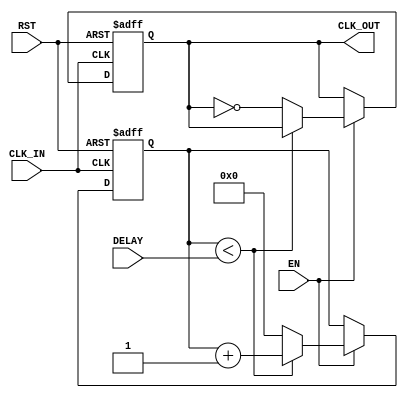
module DelayClockBuffer (
    input wire CLK_IN,      // Input clock signal
    input wire EN,         // Enable signal
    input wire RST,        // Asynchronous reset signal
    input wire [3:0] DELAY, // Delay control (4-bit for example, can be adjusted)
    output reg CLK_OUT      // Output clock signal
);

    // Internal signal for delayed clock
    reg [3:0] clk_counter; // Counter to create delay

    // Asynchronous reset and enable logic
    always @(posedge CLK_IN or posedge RST) begin
        if (RST) begin
            CLK_OUT <= 1'b0; // Reset output clock to low
            clk_counter <= 4'b0; // Reset counter
        end else if (EN) begin
            // Increment the counter based on the delay setting
            if (clk_counter < DELAY) begin
                clk_counter <= clk_counter + 1;
            end else begin
                CLK_OUT <= ~CLK_OUT; // Toggle output clock after delay
                clk_counter <= 4'b0; // Reset counter after toggling
            end
        end
    end

    // Initialize output clock
    initial begin
        CLK_OUT = 1'b0; // Start with output clock low
        clk_counter = 4'b0; // Initialize counter
    end

endmodule